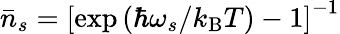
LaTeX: \bar{n}_{s}=\left[\exp\left(\hbar\omega_{s}/k_{\mathrm{B}}T\right)-1\right]^{-1}